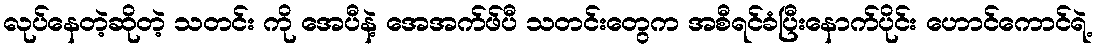
လုပ်နေတဲ့ဆိုတဲ့ သတင်း ကို အေပီနဲ့ အေအက်ဖ်ပီ သတင်းတွေက အစီရင်ခံပြီးနောက်ပိုင်း ဟောင်ကောင်ရဲ့